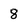
Character: 8